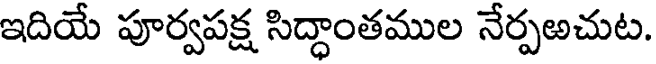
ఇదియే పూర్వపక్ష సిద్ధాంతముల నేర్పఱచుట.